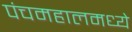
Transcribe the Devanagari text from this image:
पंचमहालमध्ये